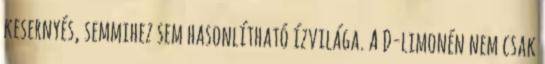
kesernyés, semmihez sem hasonlítható ízvilága. A D-limonén nem csak